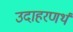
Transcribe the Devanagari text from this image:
उदाहरणर्थ